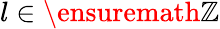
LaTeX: l\in\ensuremath{\mathbb{Z}}